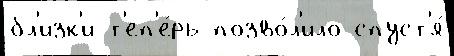
бл'изк'и т'еп'е́рь позво́л'ило спуст'я́